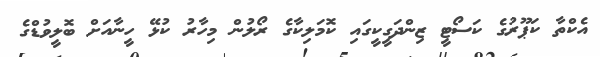
އެކްތާ ކަޕޫރުގެ ކަސޯޓީ ޒިންދަގީކީގައި ކޮމަލިކާގެ ރޯލުން މިހާރު ކުޅޭ ހީނާއަށް ބޮލީވުޑްގެ